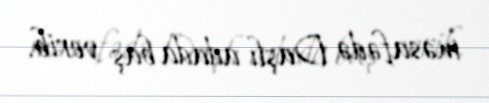
məsafədə Daşlı adada baş verib.